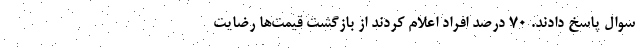
سوال پاسخ دادند. ۷۰ درصد افراد اعلام کردند از بازگشت قیمت‌ها رضایت